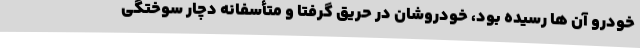
خودرو آن ها رسیده بود، خودروشان در حریق گرفتا و متأسفانه دچار سوختگی